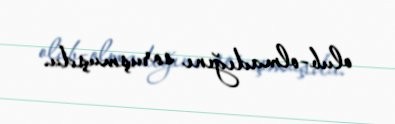
olub-olmadığını soruşmuşdu.